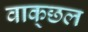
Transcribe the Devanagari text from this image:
वाक्‌छल